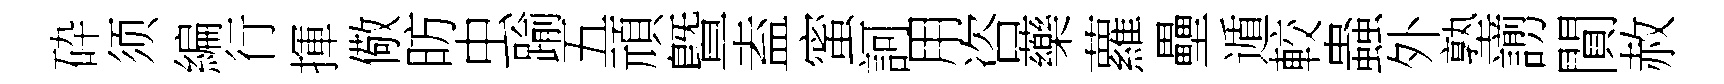
砕须編行揮儆昉虫踰五頑曁盍蜜訶用咨藥蘿壘遁較蟲外塾謭閴赦